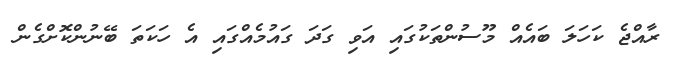
ރާއްޖެ ކަހަލަ ބައެއް މޫސުންތަކުގައި އަވި ގަދަ ގައުމެއްގައި އެ ހަކަތަ ބޭނުންކޮށްގެން